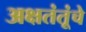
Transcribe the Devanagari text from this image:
अक्षतंतूंचे